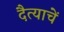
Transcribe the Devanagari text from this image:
दैत्याचें